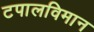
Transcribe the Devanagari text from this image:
टपालविमान